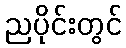
ညပိုင်းတွင်